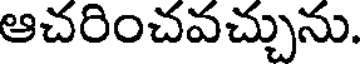
ఆచరించవచ్చును.